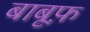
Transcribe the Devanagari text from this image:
बाबूफ़